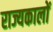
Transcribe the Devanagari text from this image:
राज्यकालों